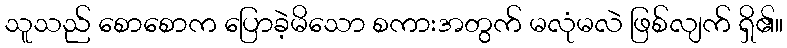
သူသည် စောစောက ပြောခဲ့မိသော စကားအတွက် မလုံမလဲ ဖြစ်လျက် ရှိ၏။